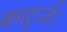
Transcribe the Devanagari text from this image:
क्वार्ट्ज।